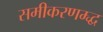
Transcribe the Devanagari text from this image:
समीकरणम्द्ध